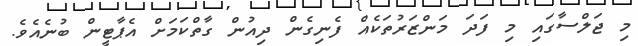
މި ޖަލްސާގައި މި ފަދަ މަންޒަރުތަކެއް ފެނިގެން ދިއުން ގާތްކަމަށް އެޕާޓީން ބުނެއެވެ.